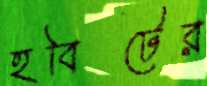
হবিটের